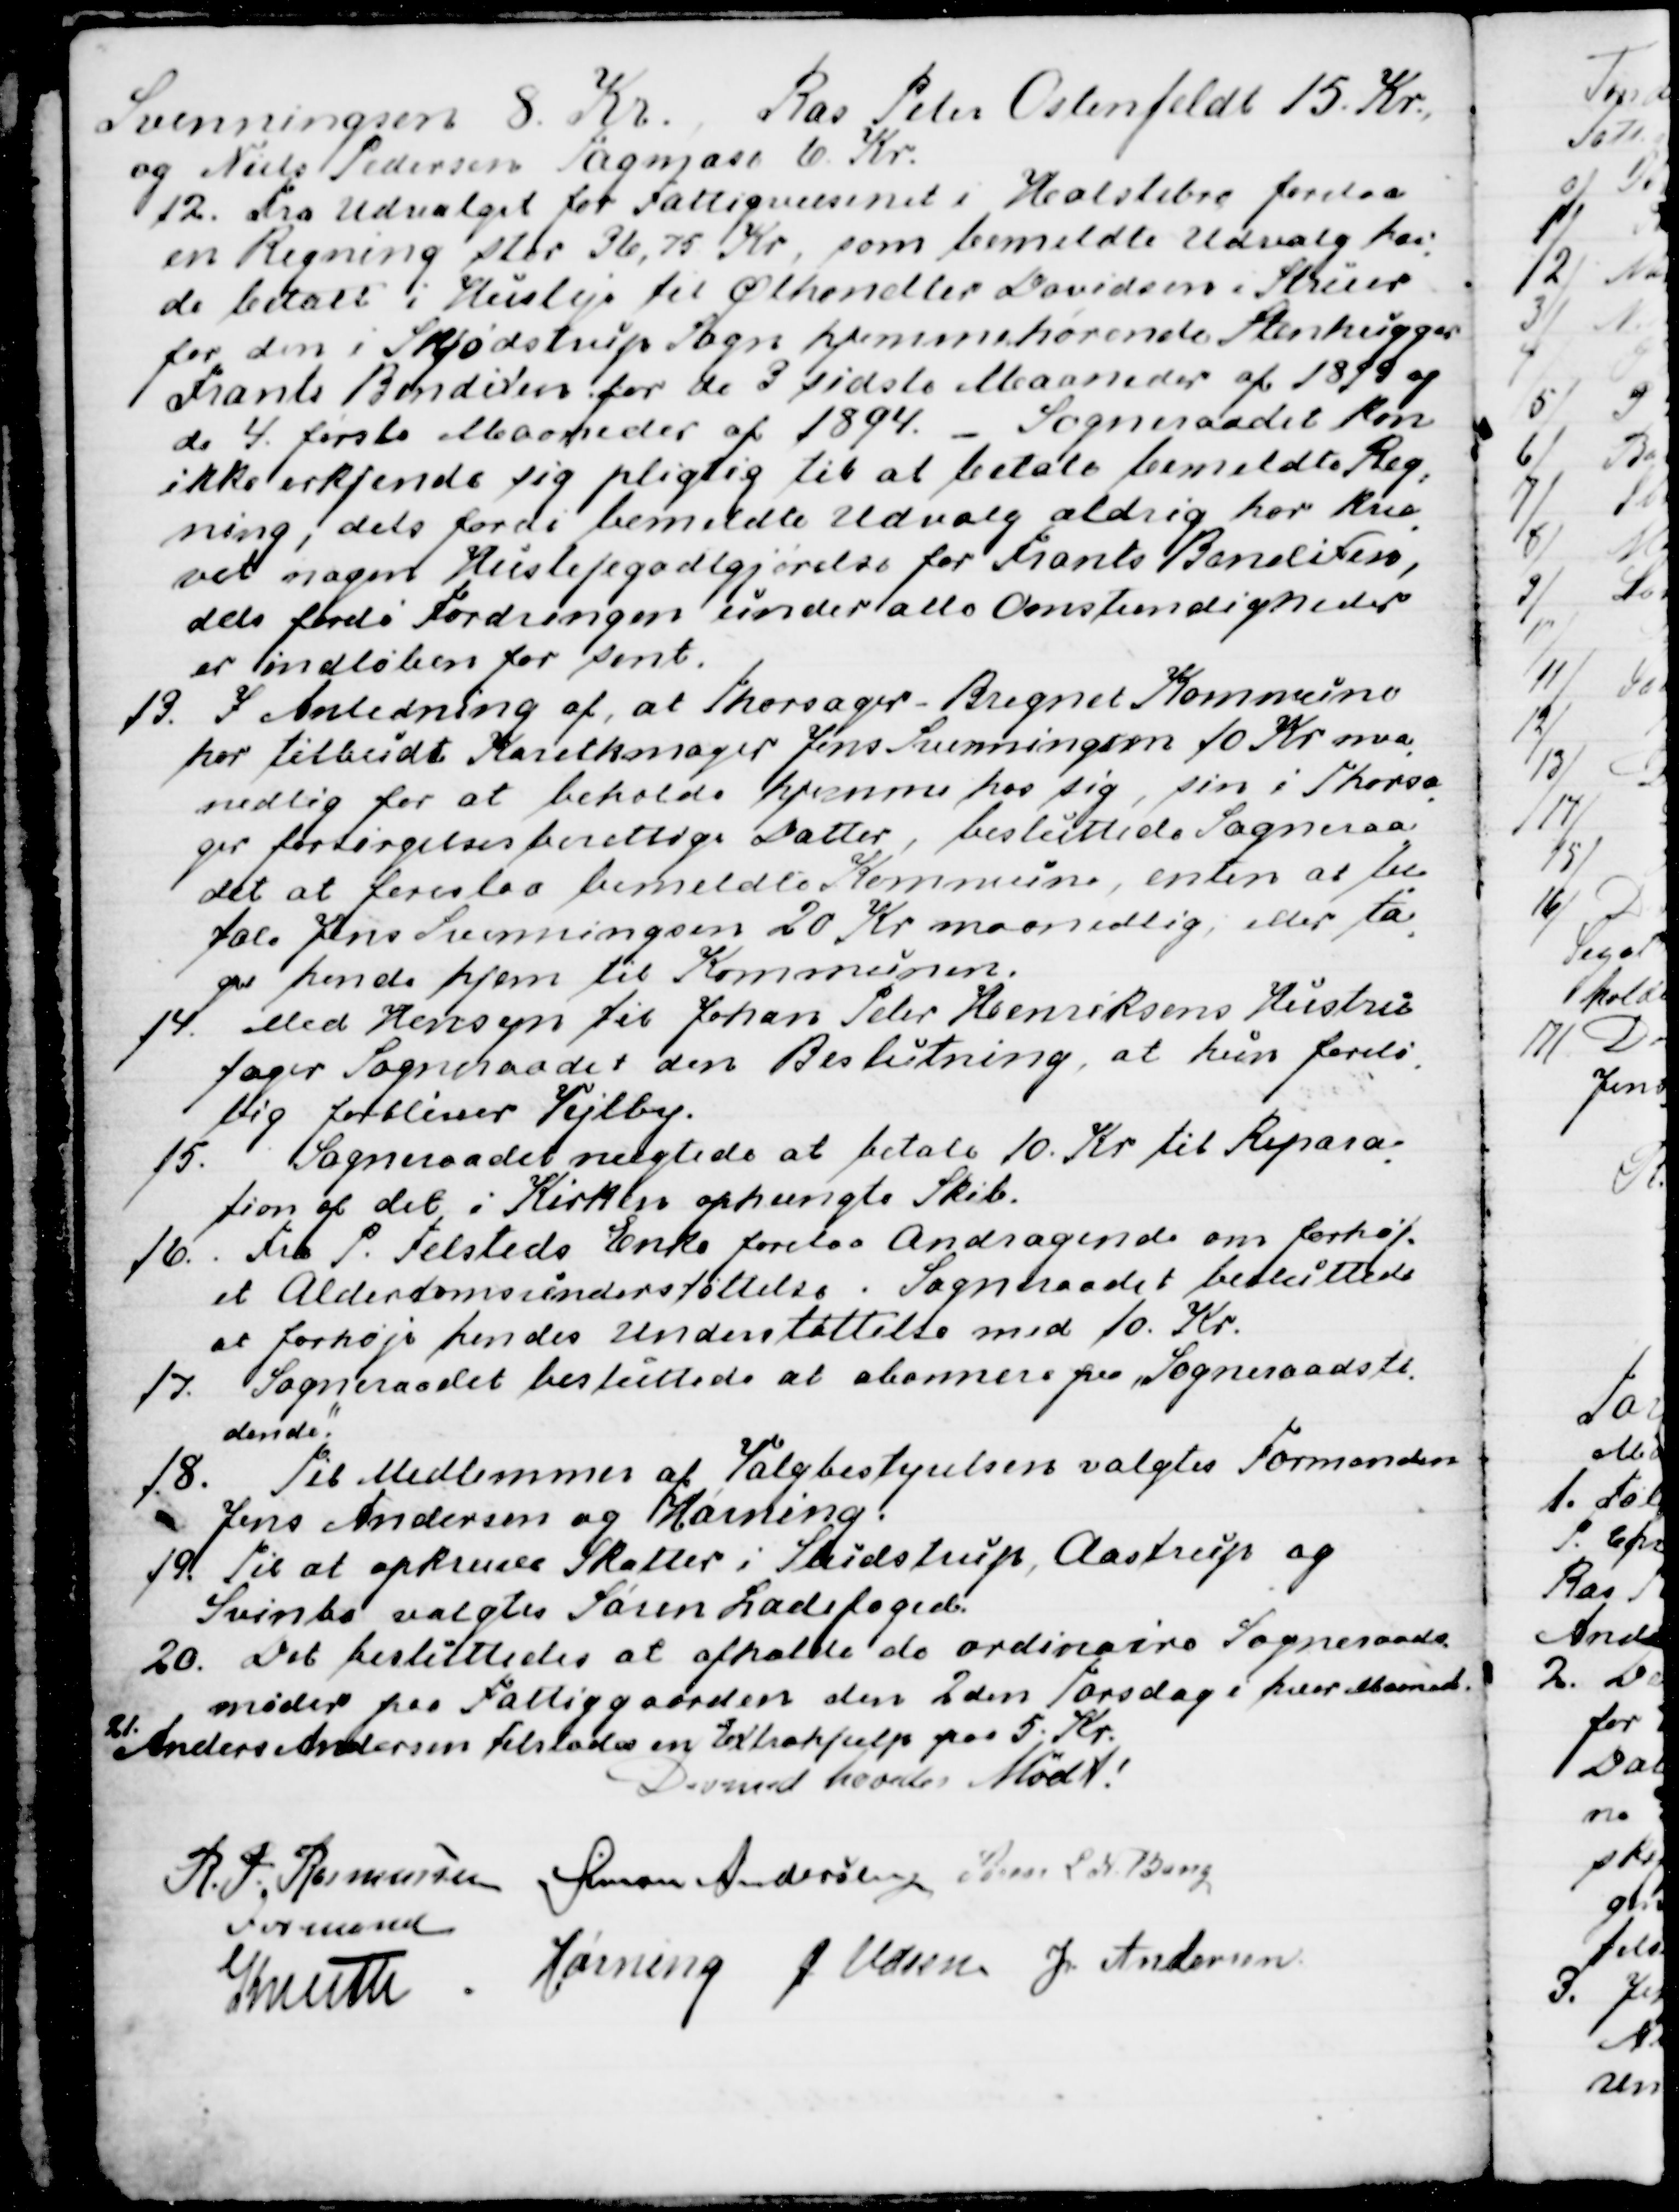
Transskription:
Svenningsen 8. Kr. Ras Peter Ostenfeldt 15. Kr.,
og Niels Pedersen Tagmose 6. Kr.
12. Fra Udvalget for Fattigvæsenet i Holstebro forelaa
en Regning stor 36,75 Kr, som bemeldte Udvalg hav
-
de betalt i Husleje til Ølhandler Davidsen i Struer
for den i Skjødstrup Sogn hjemmehørende Stenhugger
Frants Bendixen for de 3 sidste Maaneder af 1893 og
de 4 første Maaneder af 1894. - Sogneraadet kan
ikke erkjende sig pligtig til at betale bemeldte Reg
-
ning, dels fordi bemeldte Udvalg aldrig har kræ
-
vet nogen Huslejegodtgjørelse for Frants Bendixen,
dels fordi Fordringen under alle Omstændigheder
er indløben for sent.
13. I Anledning af, at Thorsager - Bregnet Kommune
har tilbudt Karetmager Jens Svenningsen 10 Kr maa
-
nedlig for at beholde hjemme hos sig, sin i Thorsa
-
ger forsørgelsesberettige Datter, besluttede Sogneraa
-
det at foreslaa bemeldte Kommune, enten at be
-
tale Jens Svenningsen 20 Kr maanedlig, eller ta
-
ge hende hjem til Kommunen.
14. Med Hensyn til Johan Peter Henriksens Hustru
tager Sogneraadet den Beslutning, at hun forelø
-
big forbliver Vejlby.
15. Sogneraadet nægtede at betale 10. Kr til Repara
-
tion af det i Kirken ophængte Skib.
16. Fra P. Felsteds Enke forelaa Andragende om forhøj-
et Alderdomsunderstøttelse . Sogneraadet besluttede
at forhøje hendes Understøttelse med 10. Kr.
17. Sogneraadet besluttede at abonnere paa Sogneraadsti-
dende.
18. Til Medlemmer af Valgbestyrelsen valgtes Formanden
Jens Andersen og Hørning.
19. Til at opkræve Skatter i Studstrup, Aastrup og
Svinbo valgtes Søren Ladefoged.
20. Det besluttedes at afholde de ordinaire Sogneraads-
møder paa Fattiggaarden den 2den Torsdag i hver Maaned.
21. 
 Anders Andersen tilstodes en Extrahjelp paa 5. Kr.
Dermed hævedes Mødet!
R. P. Rasmussen
Formand
Simon Andersen
Søren L N Bang
Knuth
Hørning
J Udsen
J Andersen